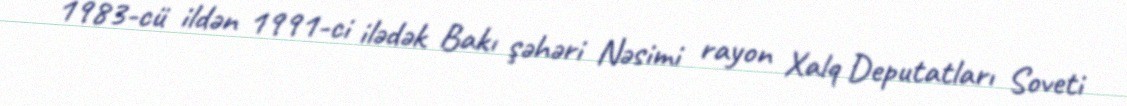
1983-cü ildən 1991-ci ilədək Bakı şəhəri Nəsimi rayon Xalq Deputatları Soveti